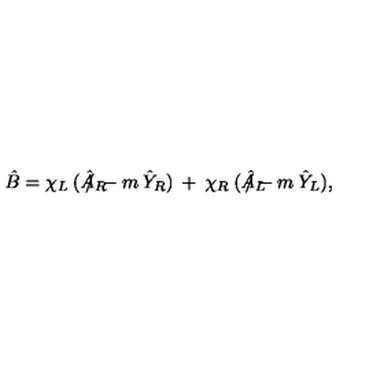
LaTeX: \hat { B } = \chi _ { L } \: ( \hat { A } _ { R } \! \! \! \! \! \! \! \slash \: - m \: \hat { Y } _ { R } ) \: + \: \chi _ { R } \: ( \hat { A } _ { L } \! \! \! \! \! \! \! \slash - m \: \hat { Y } _ { L } ) ,